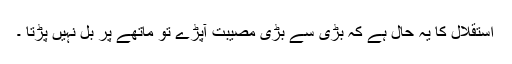
استقلال کا یہ حال ہے کہ بڑی سے بڑی مصیبت آپڑے تو ماتھے پر بل نہیں پڑتا ۔